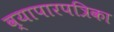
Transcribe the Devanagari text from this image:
व्यापारपत्रिका